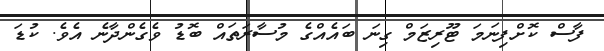
ފާސް ކޮށްފިނަމަ ޓޫރިޒަމް ގިނަ ބައެއްގެ މުސާރަތައް ބޮޑު ވެގެންދާނެ އެވެ. ކުޑަ